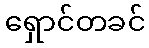
ရှောင်တခင်